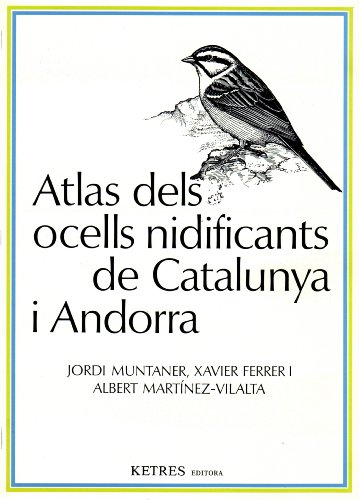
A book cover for Atlas dels ocells nidificants de Catalunya i Andorra (Catalan Edition); J Muntaner; Travel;